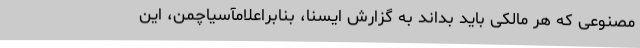
مصنوعی که هر مالکی باید بداند به گزارش ایسنا، بنابراعلامآسیاچمن، این